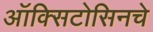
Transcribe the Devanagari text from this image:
ऑक्सिटोसिनचे